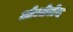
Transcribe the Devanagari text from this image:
ओओलेद